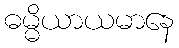
ဓမ္မိယာယမာနေ